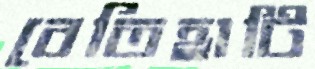
বেতিহাটি